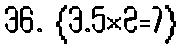
36. {3.5×2=7}